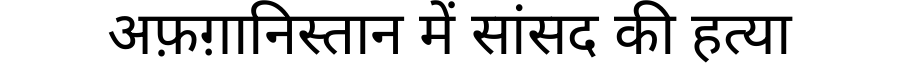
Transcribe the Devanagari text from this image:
अफ़ग़ानिस्तान में सांसद की हत्या